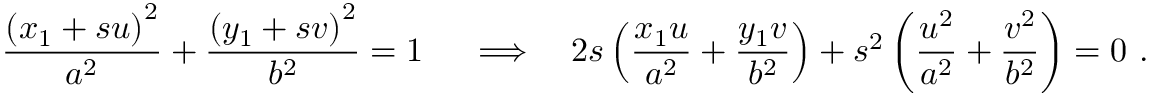
{ \frac { \left( x _ { 1 } + s u \right) ^ { 2 } } { a ^ { 2 } } } + { \frac { \left( y _ { 1 } + s v \right) ^ { 2 } } { b ^ { 2 } } } = 1 \ \quad \Longrightarrow \quad 2 s \left( { \frac { x _ { 1 } u } { a ^ { 2 } } } + { \frac { y _ { 1 } v } { b ^ { 2 } } } \right) + s ^ { 2 } \left( { \frac { u ^ { 2 } } { a ^ { 2 } } } + { \frac { v ^ { 2 } } { b ^ { 2 } } } \right) = 0 \ .